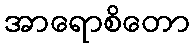
အာရောစိတော